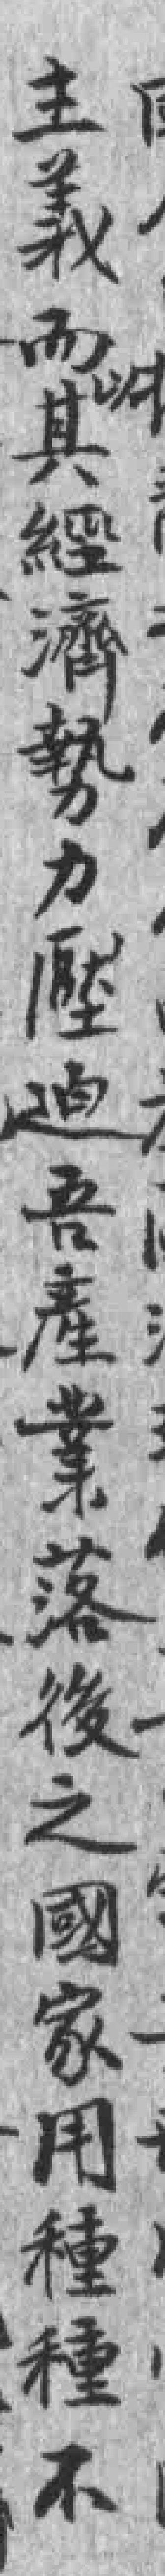
主義而以其經濟勢力壓迫吾產業落後之國家用種種不